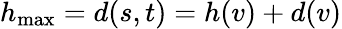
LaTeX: h_{\mathrm{max}}=d(s,t)=h(v)+d(v)